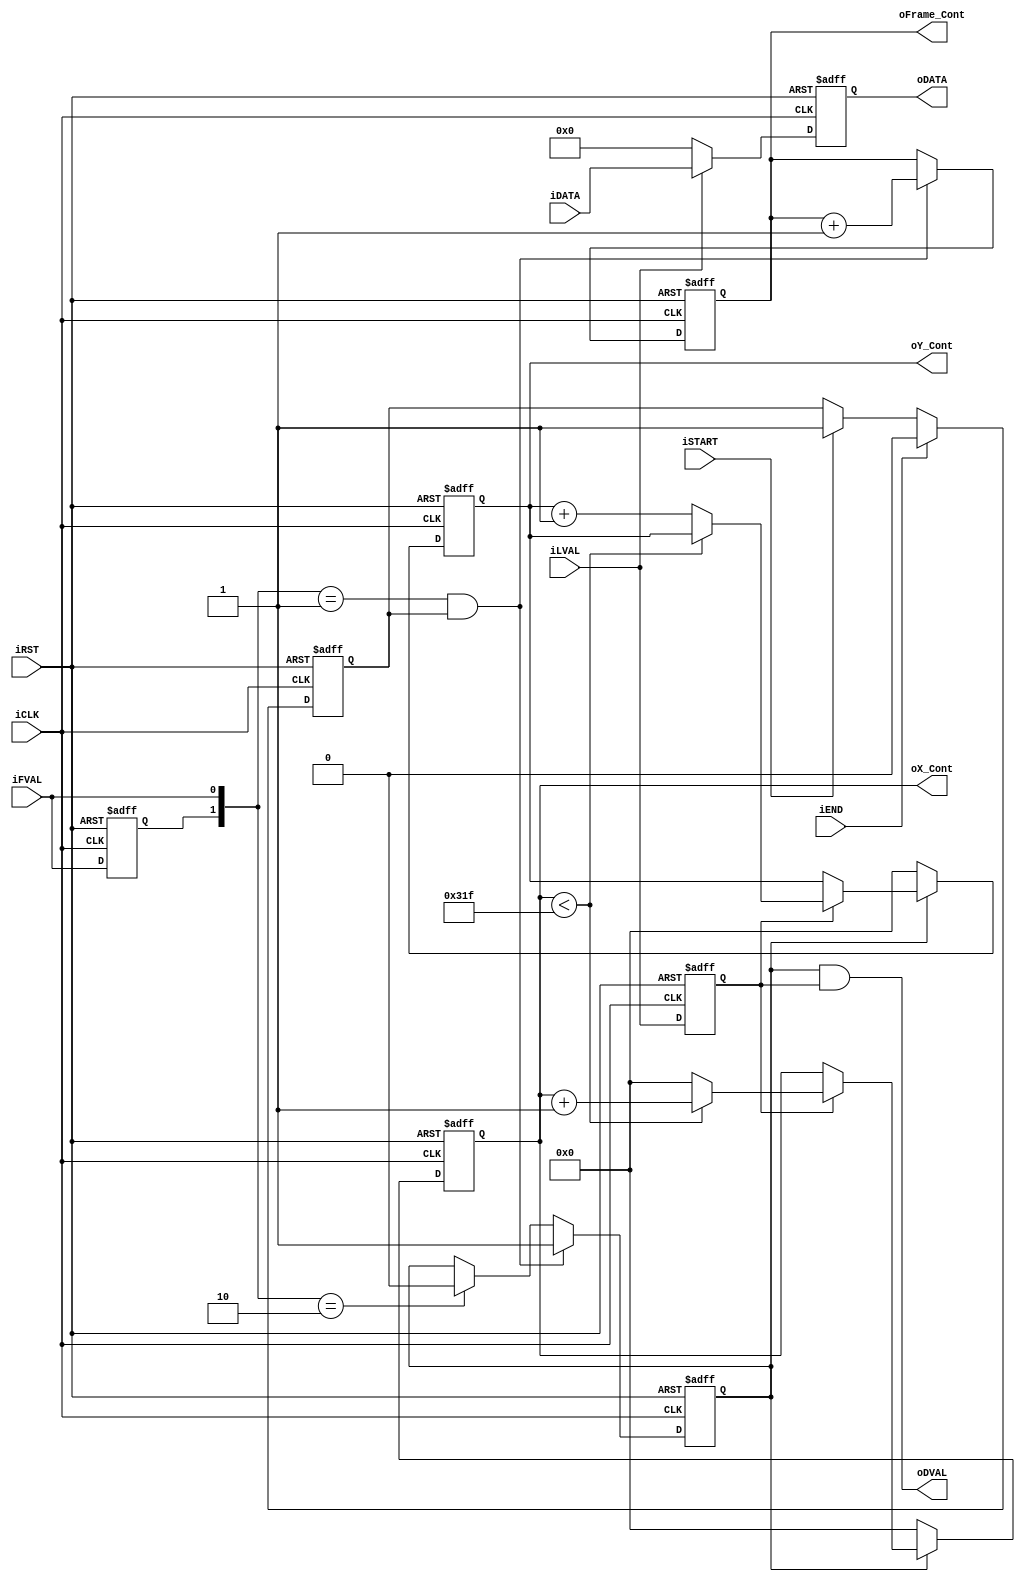
// --------------------------------------------------------------------
// Copyright (c) 2007 by Terasic Technologies Inc. 
// --------------------------------------------------------------------
//
// Permission:
//
//   Terasic grants permission to use and modify this code for use
//   in synthesis for all Terasic Development Boards and Altera Development 
//   Kits made by Terasic.  Other use of this code, including the selling 
//   ,duplication, or modification of any portion is strictly prohibited.
//
// Disclaimer:
//
//   This VHDL/Verilog or C/C++ source code is intended as a design reference
//   which illustrates how these types of functions can be implemented.
//   It is the user's responsibility to verify their design for
//   consistency and functionality through the use of formal
//   verification methods.  Terasic provides no warranty regarding the use 
//   or functionality of this code.
//
// --------------------------------------------------------------------
//           
//                     Terasic Technologies Inc
//                     356 Fu-Shin E. Rd Sec. 1. JhuBei City,
//                     HsinChu County, Taiwan
//                     302
//
//                     web: http://www.terasic.com/
//
// --------------------------------------------------------------------
//
// Major Functions:	D5M CCD_Capture
//
// --------------------------------------------------------------------
//
// Revision History :
// --------------------------------------------------------------------
//   Ver  :| Author            :| Mod. Date :| Changes Made:
//   V1.0 :| Johnny FAN        :| 07/07/09  :| Initial Revision
// --------------------------------------------------------------------
module CCD_Capture(	oDATA,
					oDVAL,
					oX_Cont,
					oY_Cont,
					oFrame_Cont,
					iDATA,
					iFVAL,
					iLVAL,
					iSTART,
					iEND,
					iCLK,
					iRST
					);
					
input	[11:0]	iDATA;
input			iFVAL;
input			iLVAL;
input			iSTART;
input			iEND;
input			iCLK;
input			iRST;
output	[11:0]	oDATA;
output	[15:0]	oX_Cont;
output	[15:0]	oY_Cont;
output	[31:0]	oFrame_Cont;
output			oDVAL;
reg				Pre_FVAL;
reg				mCCD_FVAL;
reg				mCCD_LVAL;
reg		[11:0]	mCCD_DATA;
reg		[15:0]	X_Cont;
reg		[15:0]	Y_Cont;
reg		[31:0]	Frame_Cont;
reg				mSTART;

parameter COLUMN_WIDTH = 800;  

assign	oX_Cont		=	X_Cont;
assign	oY_Cont		=	Y_Cont;
assign	oFrame_Cont	=	Frame_Cont;
assign	oDATA		=	mCCD_DATA;
assign	oDVAL		=	mCCD_FVAL&mCCD_LVAL;

always@(posedge iCLK or negedge iRST)
begin
	if(!iRST)
	mSTART	<=	0;
	else
	begin
		if(iSTART)
		mSTART	<=	1;
		if(iEND)
		mSTART	<=	0;		
	end
end

always@(posedge iCLK or negedge iRST)
begin
	if(!iRST)
	begin
		Pre_FVAL	<=	0;
		mCCD_FVAL	<=	0;
		mCCD_LVAL	<=	0;

		X_Cont		<=	0;
		Y_Cont		<=	0;
	end
	else
	begin
		Pre_FVAL	<=	iFVAL;
		if( ({Pre_FVAL,iFVAL}==2'b01) && mSTART )
		mCCD_FVAL	<=	1;
		else if({Pre_FVAL,iFVAL}==2'b10)
		mCCD_FVAL	<=	0;
		mCCD_LVAL	<=	iLVAL;
		if(mCCD_FVAL)
		begin
			if(mCCD_LVAL)
			begin
				if(X_Cont<(COLUMN_WIDTH-1))
				X_Cont	<=	X_Cont+1;
				else
				begin
					X_Cont	<=	0;
					Y_Cont	<=	Y_Cont+1;
				end
			end
		end
		else
		begin
			X_Cont	<=	0;
			Y_Cont	<=	0;
		end
	end
end

always@(posedge iCLK or negedge iRST)
begin
	if(!iRST)
	Frame_Cont	<=	0;
	else
	begin
		if( ({Pre_FVAL,iFVAL}==2'b01) && mSTART )
		Frame_Cont	<=	Frame_Cont+1;
	end
end

always@(posedge iCLK or negedge iRST)
begin
	if(!iRST)
		mCCD_DATA	<=	0;
	else if (iLVAL)
		mCCD_DATA	<=	iDATA;
	else
		mCCD_DATA	<=	0;	
end			

reg	ifval_dealy;

wire ifval_fedge;	
reg	[15:0]	y_cnt_d;


always@(posedge iCLK or negedge iRST)
begin
	if(!iRST)
		y_cnt_d	<=	0;
	else
		y_cnt_d	<=	Y_Cont;	
end


always@(posedge iCLK or negedge iRST)
begin
	if(!iRST)
		ifval_dealy	<=	0;
	else
		ifval_dealy	<=	iFVAL;	
end

assign ifval_fedge = ({ifval_dealy,iFVAL}==2'b10)?1:0;  


endmodule